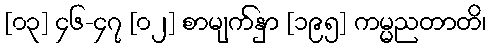
[၀၃] ၄၆-၄၇ [၀၂] စာမျက်နှာ [၁၉၅] ကမ္မညတာတိ၊